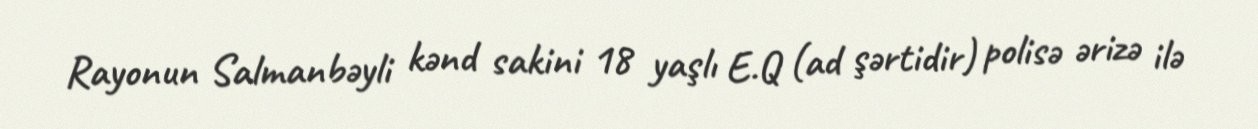
Rayonun Salmanbəyli kənd sakini 18 yaşlı E.Q (ad şərtidir) polisə ərizə ilə